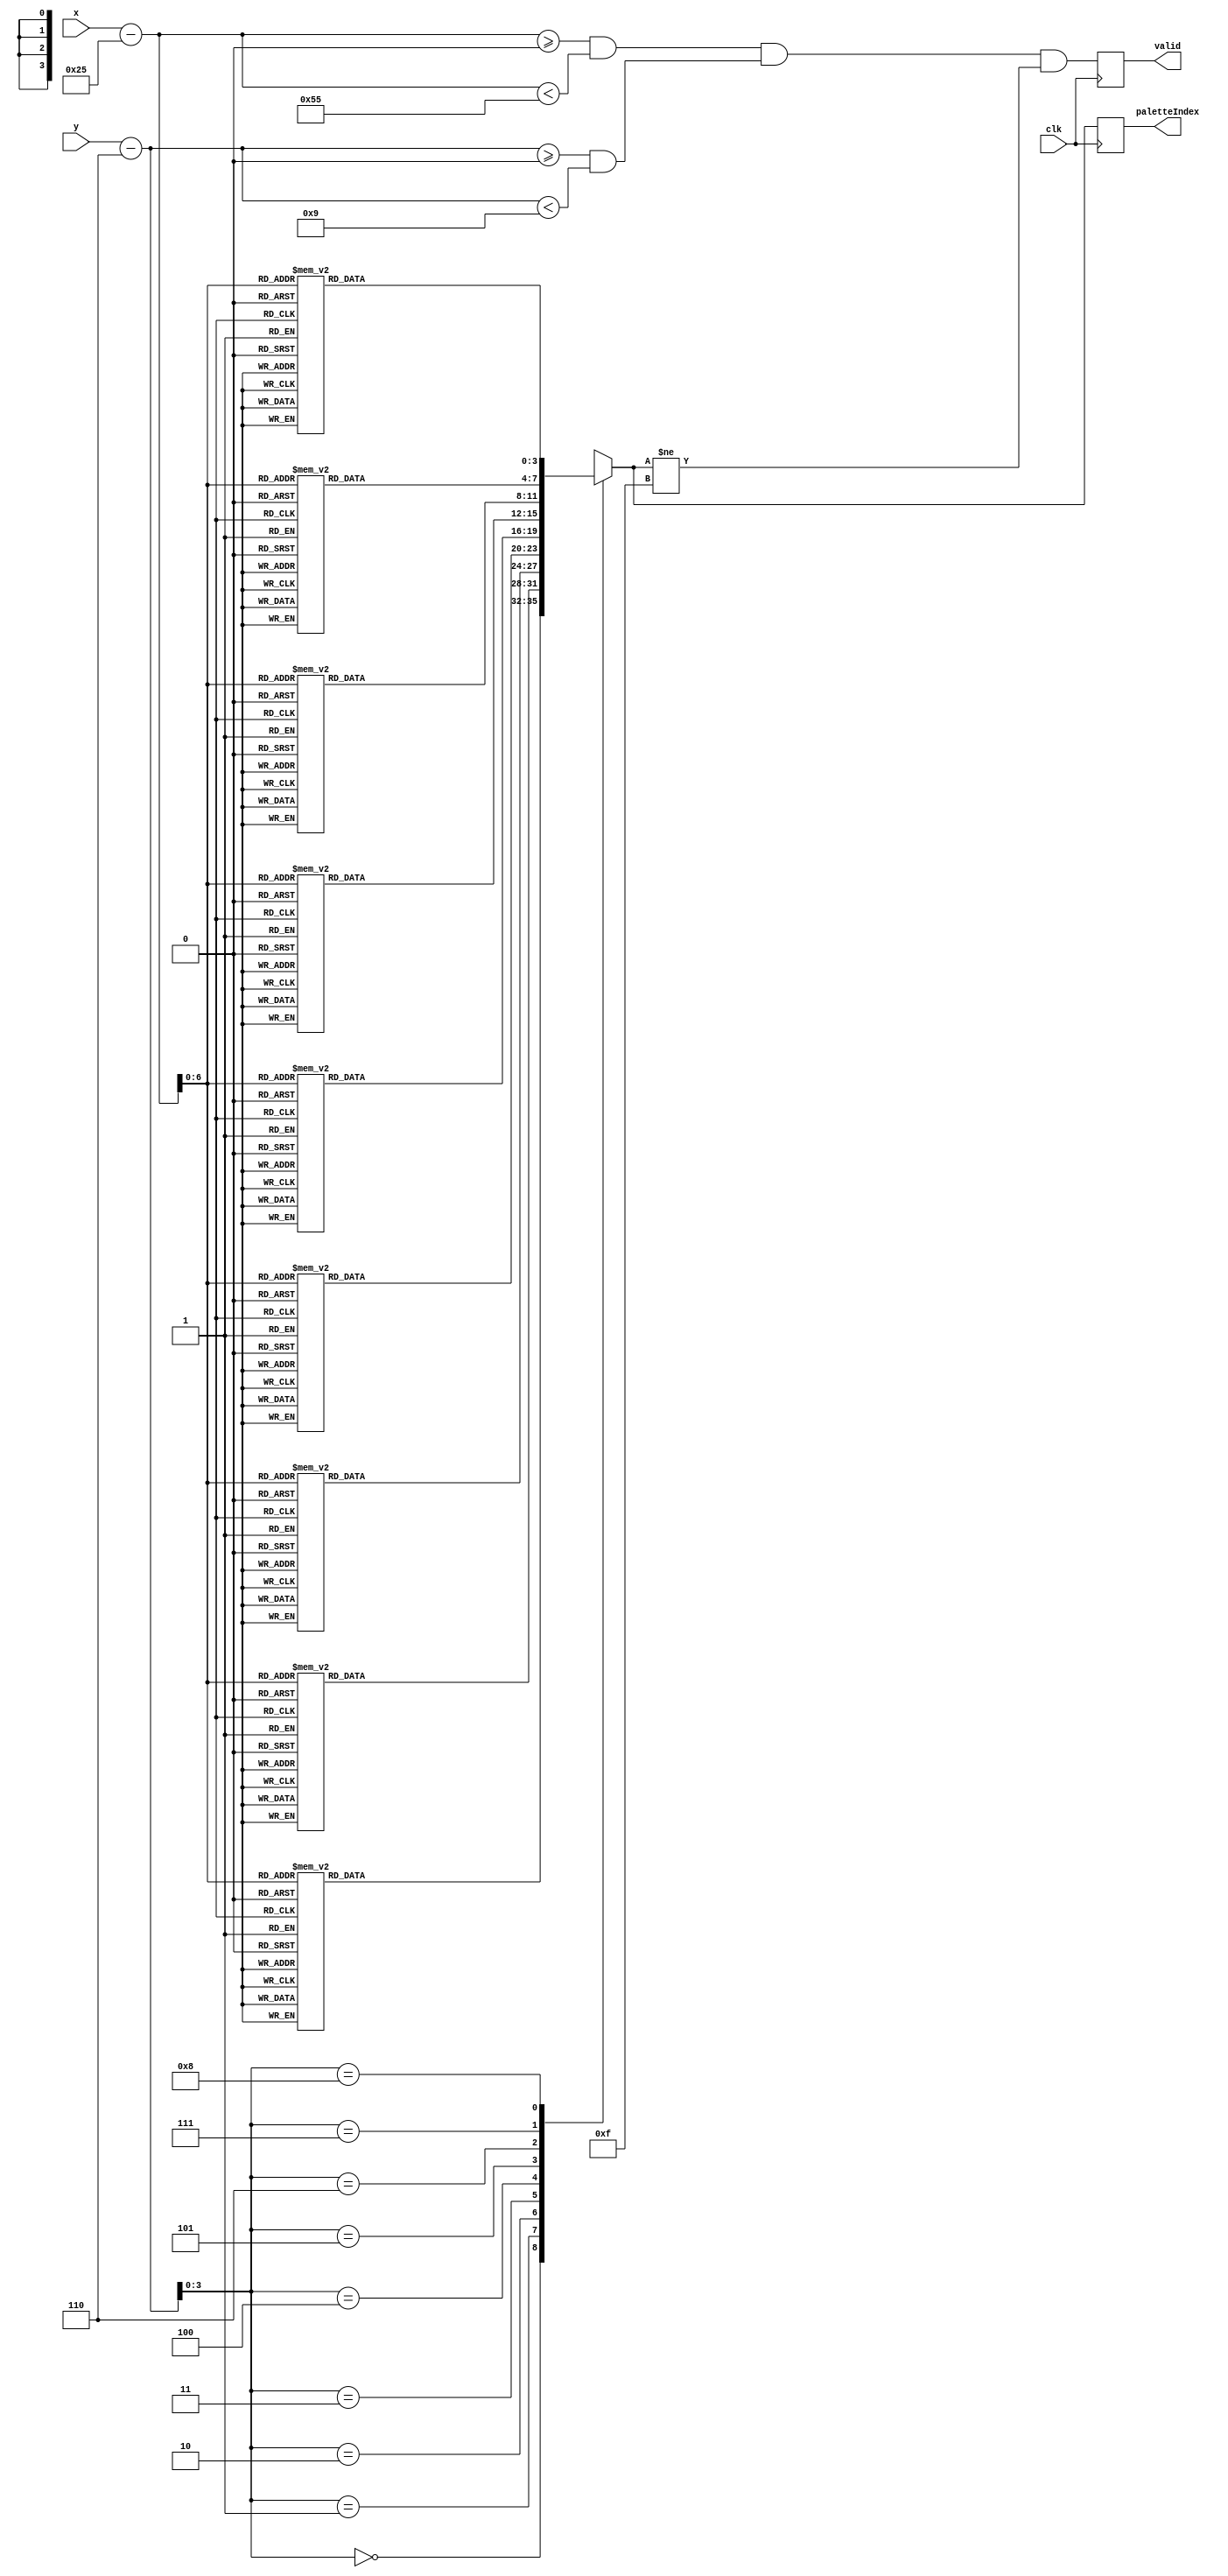
`timescale 1ns / 1ps
//////////////////////////////////////////////////////////////////////////
// generated with james's gen_sprite.py with arguments:
//     module_name: yellow_wins
//
//     image_file: sprites/yellow_wins.png
//     palette_file: palette.txt
//     canvas_width: 160
//     canvas_height: 120
//     x_offset: 37
//     y_offset: 6
//     x_tile: 1
//     y_tile: 1
//
//     inferred x bit length: 10
//     inferred y bit length: 10
//     inferred palette bit length: 4
//////////////////////////////////////////////////////////////////////////

module yellow_wins(clk, x, y, paletteIndex, valid);
    input wire clk;
    input wire[9:0] x;
    input wire[9:0] y;
    output reg[3:0] paletteIndex;
    output reg valid;

    reg [9:0] xOffset;
    reg [9:0] yOffset;
    reg [6:0] xSprite;
    reg [3:0] ySprite;
    reg inBounds;

    always @(posedge clk) begin
        xOffset = (x-37);
        yOffset = (y-6);
        xSprite = xOffset[6:0];
        ySprite = yOffset[3:0];
        inBounds = (xOffset >= 0 && xOffset < 85) && (yOffset >= 0 && yOffset < 9);

        case(ySprite)
            
            4'd0: begin
               case(xSprite)
                    
                    7'd0: begin
                        paletteIndex = 4'd9;
                    end
                    
                    7'd1: begin
                        paletteIndex = 4'd9;
                    end
                    
                    7'd2: begin
                        paletteIndex = 4'd9;
                    end
                    
                    7'd3: begin
                        paletteIndex = 4'd9;
                    end
                    
                    7'd4: begin
                        paletteIndex = 4'd9;
                    end
                    
                    7'd5: begin
                        paletteIndex = 4'd9;
                    end
                    
                    7'd6: begin
                        paletteIndex = 4'd9;
                    end
                    
                    7'd7: begin
                        paletteIndex = 4'd9;
                    end
                    
                    7'd8: begin
                        paletteIndex = 4'd9;
                    end
                    
                    7'd9: begin
                        paletteIndex = 4'd9;
                    end
                    
                    7'd10: begin
                        paletteIndex = 4'd9;
                    end
                    
                    7'd11: begin
                        paletteIndex = 4'd9;
                    end
                    
                    7'd12: begin
                        paletteIndex = 4'd9;
                    end
                    
                    7'd13: begin
                        paletteIndex = 4'd9;
                    end
                    
                    7'd14: begin
                        paletteIndex = 4'd9;
                    end
                    
                    7'd15: begin
                        paletteIndex = 4'd9;
                    end
                    
                    7'd16: begin
                        paletteIndex = 4'd9;
                    end
                    
                    7'd17: begin
                        paletteIndex = 4'd9;
                    end
                    
                    7'd18: begin
                        paletteIndex = 4'd15;
                    end
                    
                    7'd19: begin
                        paletteIndex = 4'd15;
                    end
                    
                    7'd20: begin
                        paletteIndex = 4'd9;
                    end
                    
                    7'd21: begin
                        paletteIndex = 4'd9;
                    end
                    
                    7'd22: begin
                        paletteIndex = 4'd9;
                    end
                    
                    7'd23: begin
                        paletteIndex = 4'd9;
                    end
                    
                    7'd24: begin
                        paletteIndex = 4'd15;
                    end
                    
                    7'd25: begin
                        paletteIndex = 4'd15;
                    end
                    
                    7'd26: begin
                        paletteIndex = 4'd15;
                    end
                    
                    7'd27: begin
                        paletteIndex = 4'd9;
                    end
                    
                    7'd28: begin
                        paletteIndex = 4'd9;
                    end
                    
                    7'd29: begin
                        paletteIndex = 4'd9;
                    end
                    
                    7'd30: begin
                        paletteIndex = 4'd9;
                    end
                    
                    7'd31: begin
                        paletteIndex = 4'd9;
                    end
                    
                    7'd32: begin
                        paletteIndex = 4'd9;
                    end
                    
                    7'd33: begin
                        paletteIndex = 4'd9;
                    end
                    
                    7'd34: begin
                        paletteIndex = 4'd9;
                    end
                    
                    7'd35: begin
                        paletteIndex = 4'd9;
                    end
                    
                    7'd36: begin
                        paletteIndex = 4'd9;
                    end
                    
                    7'd37: begin
                        paletteIndex = 4'd15;
                    end
                    
                    7'd38: begin
                        paletteIndex = 4'd15;
                    end
                    
                    7'd39: begin
                        paletteIndex = 4'd9;
                    end
                    
                    7'd40: begin
                        paletteIndex = 4'd9;
                    end
                    
                    7'd41: begin
                        paletteIndex = 4'd9;
                    end
                    
                    7'd42: begin
                        paletteIndex = 4'd9;
                    end
                    
                    7'd43: begin
                        paletteIndex = 4'd15;
                    end
                    
                    7'd44: begin
                        paletteIndex = 4'd15;
                    end
                    
                    7'd45: begin
                        paletteIndex = 4'd15;
                    end
                    
                    7'd46: begin
                        paletteIndex = 4'd9;
                    end
                    
                    7'd47: begin
                        paletteIndex = 4'd9;
                    end
                    
                    7'd48: begin
                        paletteIndex = 4'd9;
                    end
                    
                    7'd49: begin
                        paletteIndex = 4'd9;
                    end
                    
                    7'd50: begin
                        paletteIndex = 4'd15;
                    end
                    
                    7'd51: begin
                        paletteIndex = 4'd15;
                    end
                    
                    7'd52: begin
                        paletteIndex = 4'd9;
                    end
                    
                    7'd53: begin
                        paletteIndex = 4'd9;
                    end
                    
                    7'd54: begin
                        paletteIndex = 4'd9;
                    end
                    
                    7'd55: begin
                        paletteIndex = 4'd9;
                    end
                    
                    7'd56: begin
                        paletteIndex = 4'd9;
                    end
                    
                    7'd57: begin
                        paletteIndex = 4'd9;
                    end
                    
                    7'd58: begin
                        paletteIndex = 4'd9;
                    end
                    
                    7'd59: begin
                        paletteIndex = 4'd9;
                    end
                    
                    7'd60: begin
                        paletteIndex = 4'd9;
                    end
                    
                    7'd61: begin
                        paletteIndex = 4'd9;
                    end
                    
                    7'd62: begin
                        paletteIndex = 4'd9;
                    end
                    
                    7'd63: begin
                        paletteIndex = 4'd9;
                    end
                    
                    7'd64: begin
                        paletteIndex = 4'd9;
                    end
                    
                    7'd65: begin
                        paletteIndex = 4'd9;
                    end
                    
                    7'd66: begin
                        paletteIndex = 4'd15;
                    end
                    
                    7'd67: begin
                        paletteIndex = 4'd9;
                    end
                    
                    7'd68: begin
                        paletteIndex = 4'd9;
                    end
                    
                    7'd69: begin
                        paletteIndex = 4'd9;
                    end
                    
                    7'd70: begin
                        paletteIndex = 4'd9;
                    end
                    
                    7'd71: begin
                        paletteIndex = 4'd9;
                    end
                    
                    7'd72: begin
                        paletteIndex = 4'd9;
                    end
                    
                    7'd73: begin
                        paletteIndex = 4'd9;
                    end
                    
                    7'd74: begin
                        paletteIndex = 4'd9;
                    end
                    
                    7'd75: begin
                        paletteIndex = 4'd9;
                    end
                    
                    7'd76: begin
                        paletteIndex = 4'd9;
                    end
                    
                    7'd77: begin
                        paletteIndex = 4'd9;
                    end
                    
                    7'd78: begin
                        paletteIndex = 4'd15;
                    end
                    
                    7'd79: begin
                        paletteIndex = 4'd15;
                    end
                    
                    7'd80: begin
                        paletteIndex = 4'd15;
                    end
                    
                    7'd81: begin
                        paletteIndex = 4'd9;
                    end
                    
                    7'd82: begin
                        paletteIndex = 4'd9;
                    end
                    
                    7'd83: begin
                        paletteIndex = 4'd9;
                    end
                    
                    7'd84: begin
                        paletteIndex = 4'd9;
                    end
                    

                    default: begin
                        paletteIndex = 4'bXXXX;
                    end
                endcase 
            end
            
            4'd1: begin
               case(xSprite)
                    
                    7'd0: begin
                        paletteIndex = 4'd9;
                    end
                    
                    7'd1: begin
                        paletteIndex = 4'd1;
                    end
                    
                    7'd2: begin
                        paletteIndex = 4'd1;
                    end
                    
                    7'd3: begin
                        paletteIndex = 4'd9;
                    end
                    
                    7'd4: begin
                        paletteIndex = 4'd9;
                    end
                    
                    7'd5: begin
                        paletteIndex = 4'd1;
                    end
                    
                    7'd6: begin
                        paletteIndex = 4'd1;
                    end
                    
                    7'd7: begin
                        paletteIndex = 4'd9;
                    end
                    
                    7'd8: begin
                        paletteIndex = 4'd1;
                    end
                    
                    7'd9: begin
                        paletteIndex = 4'd1;
                    end
                    
                    7'd10: begin
                        paletteIndex = 4'd1;
                    end
                    
                    7'd11: begin
                        paletteIndex = 4'd1;
                    end
                    
                    7'd12: begin
                        paletteIndex = 4'd1;
                    end
                    
                    7'd13: begin
                        paletteIndex = 4'd1;
                    end
                    
                    7'd14: begin
                        paletteIndex = 4'd9;
                    end
                    
                    7'd15: begin
                        paletteIndex = 4'd1;
                    end
                    
                    7'd16: begin
                        paletteIndex = 4'd1;
                    end
                    
                    7'd17: begin
                        paletteIndex = 4'd9;
                    end
                    
                    7'd18: begin
                        paletteIndex = 4'd15;
                    end
                    
                    7'd19: begin
                        paletteIndex = 4'd15;
                    end
                    
                    7'd20: begin
                        paletteIndex = 4'd9;
                    end
                    
                    7'd21: begin
                        paletteIndex = 4'd1;
                    end
                    
                    7'd22: begin
                        paletteIndex = 4'd1;
                    end
                    
                    7'd23: begin
                        paletteIndex = 4'd9;
                    end
                    
                    7'd24: begin
                        paletteIndex = 4'd15;
                    end
                    
                    7'd25: begin
                        paletteIndex = 4'd15;
                    end
                    
                    7'd26: begin
                        paletteIndex = 4'd9;
                    end
                    
                    7'd27: begin
                        paletteIndex = 4'd9;
                    end
                    
                    7'd28: begin
                        paletteIndex = 4'd1;
                    end
                    
                    7'd29: begin
                        paletteIndex = 4'd1;
                    end
                    
                    7'd30: begin
                        paletteIndex = 4'd1;
                    end
                    
                    7'd31: begin
                        paletteIndex = 4'd1;
                    end
                    
                    7'd32: begin
                        paletteIndex = 4'd9;
                    end
                    
                    7'd33: begin
                        paletteIndex = 4'd9;
                    end
                    
                    7'd34: begin
                        paletteIndex = 4'd1;
                    end
                    
                    7'd35: begin
                        paletteIndex = 4'd1;
                    end
                    
                    7'd36: begin
                        paletteIndex = 4'd9;
                    end
                    
                    7'd37: begin
                        paletteIndex = 4'd15;
                    end
                    
                    7'd38: begin
                        paletteIndex = 4'd15;
                    end
                    
                    7'd39: begin
                        paletteIndex = 4'd9;
                    end
                    
                    7'd40: begin
                        paletteIndex = 4'd1;
                    end
                    
                    7'd41: begin
                        paletteIndex = 4'd1;
                    end
                    
                    7'd42: begin
                        paletteIndex = 4'd9;
                    end
                    
                    7'd43: begin
                        paletteIndex = 4'd15;
                    end
                    
                    7'd44: begin
                        paletteIndex = 4'd15;
                    end
                    
                    7'd45: begin
                        paletteIndex = 4'd15;
                    end
                    
                    7'd46: begin
                        paletteIndex = 4'd9;
                    end
                    
                    7'd47: begin
                        paletteIndex = 4'd1;
                    end
                    
                    7'd48: begin
                        paletteIndex = 4'd1;
                    end
                    
                    7'd49: begin
                        paletteIndex = 4'd9;
                    end
                    
                    7'd50: begin
                        paletteIndex = 4'd15;
                    end
                    
                    7'd51: begin
                        paletteIndex = 4'd15;
                    end
                    
                    7'd52: begin
                        paletteIndex = 4'd9;
                    end
                    
                    7'd53: begin
                        paletteIndex = 4'd1;
                    end
                    
                    7'd54: begin
                        paletteIndex = 4'd1;
                    end
                    
                    7'd55: begin
                        paletteIndex = 4'd9;
                    end
                    
                    7'd56: begin
                        paletteIndex = 4'd1;
                    end
                    
                    7'd57: begin
                        paletteIndex = 4'd1;
                    end
                    
                    7'd58: begin
                        paletteIndex = 4'd1;
                    end
                    
                    7'd59: begin
                        paletteIndex = 4'd1;
                    end
                    
                    7'd60: begin
                        paletteIndex = 4'd1;
                    end
                    
                    7'd61: begin
                        paletteIndex = 4'd1;
                    end
                    
                    7'd62: begin
                        paletteIndex = 4'd9;
                    end
                    
                    7'd63: begin
                        paletteIndex = 4'd1;
                    end
                    
                    7'd64: begin
                        paletteIndex = 4'd1;
                    end
                    
                    7'd65: begin
                        paletteIndex = 4'd9;
                    end
                    
                    7'd66: begin
                        paletteIndex = 4'd9;
                    end
                    
                    7'd67: begin
                        paletteIndex = 4'd9;
                    end
                    
                    7'd68: begin
                        paletteIndex = 4'd1;
                    end
                    
                    7'd69: begin
                        paletteIndex = 4'd1;
                    end
                    
                    7'd70: begin
                        paletteIndex = 4'd9;
                    end
                    
                    7'd71: begin
                        paletteIndex = 4'd9;
                    end
                    
                    7'd72: begin
                        paletteIndex = 4'd1;
                    end
                    
                    7'd73: begin
                        paletteIndex = 4'd1;
                    end
                    
                    7'd74: begin
                        paletteIndex = 4'd1;
                    end
                    
                    7'd75: begin
                        paletteIndex = 4'd1;
                    end
                    
                    7'd76: begin
                        paletteIndex = 4'd1;
                    end
                    
                    7'd77: begin
                        paletteIndex = 4'd9;
                    end
                    
                    7'd78: begin
                        paletteIndex = 4'd15;
                    end
                    
                    7'd79: begin
                        paletteIndex = 4'd15;
                    end
                    
                    7'd80: begin
                        paletteIndex = 4'd15;
                    end
                    
                    7'd81: begin
                        paletteIndex = 4'd9;
                    end
                    
                    7'd82: begin
                        paletteIndex = 4'd1;
                    end
                    
                    7'd83: begin
                        paletteIndex = 4'd1;
                    end
                    
                    7'd84: begin
                        paletteIndex = 4'd9;
                    end
                    

                    default: begin
                        paletteIndex = 4'bXXXX;
                    end
                endcase 
            end
            
            4'd2: begin
               case(xSprite)
                    
                    7'd0: begin
                        paletteIndex = 4'd9;
                    end
                    
                    7'd1: begin
                        paletteIndex = 4'd1;
                    end
                    
                    7'd2: begin
                        paletteIndex = 4'd1;
                    end
                    
                    7'd3: begin
                        paletteIndex = 4'd9;
                    end
                    
                    7'd4: begin
                        paletteIndex = 4'd9;
                    end
                    
                    7'd5: begin
                        paletteIndex = 4'd1;
                    end
                    
                    7'd6: begin
                        paletteIndex = 4'd1;
                    end
                    
                    7'd7: begin
                        paletteIndex = 4'd9;
                    end
                    
                    7'd8: begin
                        paletteIndex = 4'd1;
                    end
                    
                    7'd9: begin
                        paletteIndex = 4'd1;
                    end
                    
                    7'd10: begin
                        paletteIndex = 4'd9;
                    end
                    
                    7'd11: begin
                        paletteIndex = 4'd9;
                    end
                    
                    7'd12: begin
                        paletteIndex = 4'd9;
                    end
                    
                    7'd13: begin
                        paletteIndex = 4'd9;
                    end
                    
                    7'd14: begin
                        paletteIndex = 4'd9;
                    end
                    
                    7'd15: begin
                        paletteIndex = 4'd1;
                    end
                    
                    7'd16: begin
                        paletteIndex = 4'd1;
                    end
                    
                    7'd17: begin
                        paletteIndex = 4'd9;
                    end
                    
                    7'd18: begin
                        paletteIndex = 4'd15;
                    end
                    
                    7'd19: begin
                        paletteIndex = 4'd15;
                    end
                    
                    7'd20: begin
                        paletteIndex = 4'd9;
                    end
                    
                    7'd21: begin
                        paletteIndex = 4'd1;
                    end
                    
                    7'd22: begin
                        paletteIndex = 4'd1;
                    end
                    
                    7'd23: begin
                        paletteIndex = 4'd9;
                    end
                    
                    7'd24: begin
                        paletteIndex = 4'd15;
                    end
                    
                    7'd25: begin
                        paletteIndex = 4'd15;
                    end
                    
                    7'd26: begin
                        paletteIndex = 4'd9;
                    end
                    
                    7'd27: begin
                        paletteIndex = 4'd1;
                    end
                    
                    7'd28: begin
                        paletteIndex = 4'd1;
                    end
                    
                    7'd29: begin
                        paletteIndex = 4'd9;
                    end
                    
                    7'd30: begin
                        paletteIndex = 4'd9;
                    end
                    
                    7'd31: begin
                        paletteIndex = 4'd1;
                    end
                    
                    7'd32: begin
                        paletteIndex = 4'd1;
                    end
                    
                    7'd33: begin
                        paletteIndex = 4'd9;
                    end
                    
                    7'd34: begin
                        paletteIndex = 4'd1;
                    end
                    
                    7'd35: begin
                        paletteIndex = 4'd1;
                    end
                    
                    7'd36: begin
                        paletteIndex = 4'd9;
                    end
                    
                    7'd37: begin
                        paletteIndex = 4'd15;
                    end
                    
                    7'd38: begin
                        paletteIndex = 4'd15;
                    end
                    
                    7'd39: begin
                        paletteIndex = 4'd9;
                    end
                    
                    7'd40: begin
                        paletteIndex = 4'd1;
                    end
                    
                    7'd41: begin
                        paletteIndex = 4'd1;
                    end
                    
                    7'd42: begin
                        paletteIndex = 4'd9;
                    end
                    
                    7'd43: begin
                        paletteIndex = 4'd15;
                    end
                    
                    7'd44: begin
                        paletteIndex = 4'd15;
                    end
                    
                    7'd45: begin
                        paletteIndex = 4'd15;
                    end
                    
                    7'd46: begin
                        paletteIndex = 4'd9;
                    end
                    
                    7'd47: begin
                        paletteIndex = 4'd1;
                    end
                    
                    7'd48: begin
                        paletteIndex = 4'd1;
                    end
                    
                    7'd49: begin
                        paletteIndex = 4'd9;
                    end
                    
                    7'd50: begin
                        paletteIndex = 4'd15;
                    end
                    
                    7'd51: begin
                        paletteIndex = 4'd15;
                    end
                    
                    7'd52: begin
                        paletteIndex = 4'd9;
                    end
                    
                    7'd53: begin
                        paletteIndex = 4'd1;
                    end
                    
                    7'd54: begin
                        paletteIndex = 4'd1;
                    end
                    
                    7'd55: begin
                        paletteIndex = 4'd9;
                    end
                    
                    7'd56: begin
                        paletteIndex = 4'd9;
                    end
                    
                    7'd57: begin
                        paletteIndex = 4'd9;
                    end
                    
                    7'd58: begin
                        paletteIndex = 4'd1;
                    end
                    
                    7'd59: begin
                        paletteIndex = 4'd1;
                    end
                    
                    7'd60: begin
                        paletteIndex = 4'd9;
                    end
                    
                    7'd61: begin
                        paletteIndex = 4'd9;
                    end
                    
                    7'd62: begin
                        paletteIndex = 4'd9;
                    end
                    
                    7'd63: begin
                        paletteIndex = 4'd1;
                    end
                    
                    7'd64: begin
                        paletteIndex = 4'd1;
                    end
                    
                    7'd65: begin
                        paletteIndex = 4'd1;
                    end
                    
                    7'd66: begin
                        paletteIndex = 4'd9;
                    end
                    
                    7'd67: begin
                        paletteIndex = 4'd9;
                    end
                    
                    7'd68: begin
                        paletteIndex = 4'd1;
                    end
                    
                    7'd69: begin
                        paletteIndex = 4'd1;
                    end
                    
                    7'd70: begin
                        paletteIndex = 4'd9;
                    end
                    
                    7'd71: begin
                        paletteIndex = 4'd1;
                    end
                    
                    7'd72: begin
                        paletteIndex = 4'd1;
                    end
                    
                    7'd73: begin
                        paletteIndex = 4'd9;
                    end
                    
                    7'd74: begin
                        paletteIndex = 4'd9;
                    end
                    
                    7'd75: begin
                        paletteIndex = 4'd9;
                    end
                    
                    7'd76: begin
                        paletteIndex = 4'd9;
                    end
                    
                    7'd77: begin
                        paletteIndex = 4'd9;
                    end
                    
                    7'd78: begin
                        paletteIndex = 4'd15;
                    end
                    
                    7'd79: begin
                        paletteIndex = 4'd15;
                    end
                    
                    7'd80: begin
                        paletteIndex = 4'd15;
                    end
                    
                    7'd81: begin
                        paletteIndex = 4'd9;
                    end
                    
                    7'd82: begin
                        paletteIndex = 4'd1;
                    end
                    
                    7'd83: begin
                        paletteIndex = 4'd1;
                    end
                    
                    7'd84: begin
                        paletteIndex = 4'd9;
                    end
                    

                    default: begin
                        paletteIndex = 4'bXXXX;
                    end
                endcase 
            end
            
            4'd3: begin
               case(xSprite)
                    
                    7'd0: begin
                        paletteIndex = 4'd9;
                    end
                    
                    7'd1: begin
                        paletteIndex = 4'd1;
                    end
                    
                    7'd2: begin
                        paletteIndex = 4'd1;
                    end
                    
                    7'd3: begin
                        paletteIndex = 4'd9;
                    end
                    
                    7'd4: begin
                        paletteIndex = 4'd9;
                    end
                    
                    7'd5: begin
                        paletteIndex = 4'd1;
                    end
                    
                    7'd6: begin
                        paletteIndex = 4'd1;
                    end
                    
                    7'd7: begin
                        paletteIndex = 4'd9;
                    end
                    
                    7'd8: begin
                        paletteIndex = 4'd1;
                    end
                    
                    7'd9: begin
                        paletteIndex = 4'd1;
                    end
                    
                    7'd10: begin
                        paletteIndex = 4'd9;
                    end
                    
                    7'd11: begin
                        paletteIndex = 4'd9;
                    end
                    
                    7'd12: begin
                        paletteIndex = 4'd9;
                    end
                    
                    7'd13: begin
                        paletteIndex = 4'd9;
                    end
                    
                    7'd14: begin
                        paletteIndex = 4'd9;
                    end
                    
                    7'd15: begin
                        paletteIndex = 4'd1;
                    end
                    
                    7'd16: begin
                        paletteIndex = 4'd1;
                    end
                    
                    7'd17: begin
                        paletteIndex = 4'd9;
                    end
                    
                    7'd18: begin
                        paletteIndex = 4'd15;
                    end
                    
                    7'd19: begin
                        paletteIndex = 4'd15;
                    end
                    
                    7'd20: begin
                        paletteIndex = 4'd9;
                    end
                    
                    7'd21: begin
                        paletteIndex = 4'd1;
                    end
                    
                    7'd22: begin
                        paletteIndex = 4'd1;
                    end
                    
                    7'd23: begin
                        paletteIndex = 4'd9;
                    end
                    
                    7'd24: begin
                        paletteIndex = 4'd15;
                    end
                    
                    7'd25: begin
                        paletteIndex = 4'd15;
                    end
                    
                    7'd26: begin
                        paletteIndex = 4'd9;
                    end
                    
                    7'd27: begin
                        paletteIndex = 4'd1;
                    end
                    
                    7'd28: begin
                        paletteIndex = 4'd1;
                    end
                    
                    7'd29: begin
                        paletteIndex = 4'd9;
                    end
                    
                    7'd30: begin
                        paletteIndex = 4'd9;
                    end
                    
                    7'd31: begin
                        paletteIndex = 4'd1;
                    end
                    
                    7'd32: begin
                        paletteIndex = 4'd1;
                    end
                    
                    7'd33: begin
                        paletteIndex = 4'd9;
                    end
                    
                    7'd34: begin
                        paletteIndex = 4'd1;
                    end
                    
                    7'd35: begin
                        paletteIndex = 4'd1;
                    end
                    
                    7'd36: begin
                        paletteIndex = 4'd9;
                    end
                    
                    7'd37: begin
                        paletteIndex = 4'd9;
                    end
                    
                    7'd38: begin
                        paletteIndex = 4'd9;
                    end
                    
                    7'd39: begin
                        paletteIndex = 4'd9;
                    end
                    
                    7'd40: begin
                        paletteIndex = 4'd1;
                    end
                    
                    7'd41: begin
                        paletteIndex = 4'd1;
                    end
                    
                    7'd42: begin
                        paletteIndex = 4'd9;
                    end
                    
                    7'd43: begin
                        paletteIndex = 4'd15;
                    end
                    
                    7'd44: begin
                        paletteIndex = 4'd15;
                    end
                    
                    7'd45: begin
                        paletteIndex = 4'd15;
                    end
                    
                    7'd46: begin
                        paletteIndex = 4'd9;
                    end
                    
                    7'd47: begin
                        paletteIndex = 4'd1;
                    end
                    
                    7'd48: begin
                        paletteIndex = 4'd1;
                    end
                    
                    7'd49: begin
                        paletteIndex = 4'd9;
                    end
                    
                    7'd50: begin
                        paletteIndex = 4'd9;
                    end
                    
                    7'd51: begin
                        paletteIndex = 4'd9;
                    end
                    
                    7'd52: begin
                        paletteIndex = 4'd9;
                    end
                    
                    7'd53: begin
                        paletteIndex = 4'd1;
                    end
                    
                    7'd54: begin
                        paletteIndex = 4'd1;
                    end
                    
                    7'd55: begin
                        paletteIndex = 4'd9;
                    end
                    
                    7'd56: begin
                        paletteIndex = 4'd9;
                    end
                    
                    7'd57: begin
                        paletteIndex = 4'd9;
                    end
                    
                    7'd58: begin
                        paletteIndex = 4'd1;
                    end
                    
                    7'd59: begin
                        paletteIndex = 4'd1;
                    end
                    
                    7'd60: begin
                        paletteIndex = 4'd9;
                    end
                    
                    7'd61: begin
                        paletteIndex = 4'd9;
                    end
                    
                    7'd62: begin
                        paletteIndex = 4'd9;
                    end
                    
                    7'd63: begin
                        paletteIndex = 4'd1;
                    end
                    
                    7'd64: begin
                        paletteIndex = 4'd1;
                    end
                    
                    7'd65: begin
                        paletteIndex = 4'd9;
                    end
                    
                    7'd66: begin
                        paletteIndex = 4'd1;
                    end
                    
                    7'd67: begin
                        paletteIndex = 4'd9;
                    end
                    
                    7'd68: begin
                        paletteIndex = 4'd1;
                    end
                    
                    7'd69: begin
                        paletteIndex = 4'd1;
                    end
                    
                    7'd70: begin
                        paletteIndex = 4'd9;
                    end
                    
                    7'd71: begin
                        paletteIndex = 4'd1;
                    end
                    
                    7'd72: begin
                        paletteIndex = 4'd1;
                    end
                    
                    7'd73: begin
                        paletteIndex = 4'd9;
                    end
                    
                    7'd74: begin
                        paletteIndex = 4'd9;
                    end
                    
                    7'd75: begin
                        paletteIndex = 4'd9;
                    end
                    
                    7'd76: begin
                        paletteIndex = 4'd9;
                    end
                    
                    7'd77: begin
                        paletteIndex = 4'd15;
                    end
                    
                    7'd78: begin
                        paletteIndex = 4'd15;
                    end
                    
                    7'd79: begin
                        paletteIndex = 4'd15;
                    end
                    
                    7'd80: begin
                        paletteIndex = 4'd15;
                    end
                    
                    7'd81: begin
                        paletteIndex = 4'd9;
                    end
                    
                    7'd82: begin
                        paletteIndex = 4'd1;
                    end
                    
                    7'd83: begin
                        paletteIndex = 4'd1;
                    end
                    
                    7'd84: begin
                        paletteIndex = 4'd9;
                    end
                    

                    default: begin
                        paletteIndex = 4'bXXXX;
                    end
                endcase 
            end
            
            4'd4: begin
               case(xSprite)
                    
                    7'd0: begin
                        paletteIndex = 4'd9;
                    end
                    
                    7'd1: begin
                        paletteIndex = 4'd9;
                    end
                    
                    7'd2: begin
                        paletteIndex = 4'd1;
                    end
                    
                    7'd3: begin
                        paletteIndex = 4'd1;
                    end
                    
                    7'd4: begin
                        paletteIndex = 4'd1;
                    end
                    
                    7'd5: begin
                        paletteIndex = 4'd1;
                    end
                    
                    7'd6: begin
                        paletteIndex = 4'd9;
                    end
                    
                    7'd7: begin
                        paletteIndex = 4'd9;
                    end
                    
                    7'd8: begin
                        paletteIndex = 4'd1;
                    end
                    
                    7'd9: begin
                        paletteIndex = 4'd1;
                    end
                    
                    7'd10: begin
                        paletteIndex = 4'd1;
                    end
                    
                    7'd11: begin
                        paletteIndex = 4'd1;
                    end
                    
                    7'd12: begin
                        paletteIndex = 4'd1;
                    end
                    
                    7'd13: begin
                        paletteIndex = 4'd9;
                    end
                    
                    7'd14: begin
                        paletteIndex = 4'd9;
                    end
                    
                    7'd15: begin
                        paletteIndex = 4'd1;
                    end
                    
                    7'd16: begin
                        paletteIndex = 4'd1;
                    end
                    
                    7'd17: begin
                        paletteIndex = 4'd9;
                    end
                    
                    7'd18: begin
                        paletteIndex = 4'd15;
                    end
                    
                    7'd19: begin
                        paletteIndex = 4'd15;
                    end
                    
                    7'd20: begin
                        paletteIndex = 4'd9;
                    end
                    
                    7'd21: begin
                        paletteIndex = 4'd1;
                    end
                    
                    7'd22: begin
                        paletteIndex = 4'd1;
                    end
                    
                    7'd23: begin
                        paletteIndex = 4'd9;
                    end
                    
                    7'd24: begin
                        paletteIndex = 4'd15;
                    end
                    
                    7'd25: begin
                        paletteIndex = 4'd15;
                    end
                    
                    7'd26: begin
                        paletteIndex = 4'd9;
                    end
                    
                    7'd27: begin
                        paletteIndex = 4'd1;
                    end
                    
                    7'd28: begin
                        paletteIndex = 4'd1;
                    end
                    
                    7'd29: begin
                        paletteIndex = 4'd9;
                    end
                    
                    7'd30: begin
                        paletteIndex = 4'd9;
                    end
                    
                    7'd31: begin
                        paletteIndex = 4'd1;
                    end
                    
                    7'd32: begin
                        paletteIndex = 4'd1;
                    end
                    
                    7'd33: begin
                        paletteIndex = 4'd9;
                    end
                    
                    7'd34: begin
                        paletteIndex = 4'd1;
                    end
                    
                    7'd35: begin
                        paletteIndex = 4'd1;
                    end
                    
                    7'd36: begin
                        paletteIndex = 4'd9;
                    end
                    
                    7'd37: begin
                        paletteIndex = 4'd1;
                    end
                    
                    7'd38: begin
                        paletteIndex = 4'd1;
                    end
                    
                    7'd39: begin
                        paletteIndex = 4'd9;
                    end
                    
                    7'd40: begin
                        paletteIndex = 4'd1;
                    end
                    
                    7'd41: begin
                        paletteIndex = 4'd1;
                    end
                    
                    7'd42: begin
                        paletteIndex = 4'd9;
                    end
                    
                    7'd43: begin
                        paletteIndex = 4'd15;
                    end
                    
                    7'd44: begin
                        paletteIndex = 4'd15;
                    end
                    
                    7'd45: begin
                        paletteIndex = 4'd15;
                    end
                    
                    7'd46: begin
                        paletteIndex = 4'd9;
                    end
                    
                    7'd47: begin
                        paletteIndex = 4'd1;
                    end
                    
                    7'd48: begin
                        paletteIndex = 4'd1;
                    end
                    
                    7'd49: begin
                        paletteIndex = 4'd9;
                    end
                    
                    7'd50: begin
                        paletteIndex = 4'd1;
                    end
                    
                    7'd51: begin
                        paletteIndex = 4'd1;
                    end
                    
                    7'd52: begin
                        paletteIndex = 4'd9;
                    end
                    
                    7'd53: begin
                        paletteIndex = 4'd1;
                    end
                    
                    7'd54: begin
                        paletteIndex = 4'd1;
                    end
                    
                    7'd55: begin
                        paletteIndex = 4'd9;
                    end
                    
                    7'd56: begin
                        paletteIndex = 4'd9;
                    end
                    
                    7'd57: begin
                        paletteIndex = 4'd9;
                    end
                    
                    7'd58: begin
                        paletteIndex = 4'd1;
                    end
                    
                    7'd59: begin
                        paletteIndex = 4'd1;
                    end
                    
                    7'd60: begin
                        paletteIndex = 4'd9;
                    end
                    
                    7'd61: begin
                        paletteIndex = 4'd9;
                    end
                    
                    7'd62: begin
                        paletteIndex = 4'd9;
                    end
                    
                    7'd63: begin
                        paletteIndex = 4'd1;
                    end
                    
                    7'd64: begin
                        paletteIndex = 4'd1;
                    end
                    
                    7'd65: begin
                        paletteIndex = 4'd9;
                    end
                    
                    7'd66: begin
                        paletteIndex = 4'd1;
                    end
                    
                    7'd67: begin
                        paletteIndex = 4'd9;
                    end
                    
                    7'd68: begin
                        paletteIndex = 4'd1;
                    end
                    
                    7'd69: begin
                        paletteIndex = 4'd1;
                    end
                    
                    7'd70: begin
                        paletteIndex = 4'd9;
                    end
                    
                    7'd71: begin
                        paletteIndex = 4'd9;
                    end
                    
                    7'd72: begin
                        paletteIndex = 4'd1;
                    end
                    
                    7'd73: begin
                        paletteIndex = 4'd1;
                    end
                    
                    7'd74: begin
                        paletteIndex = 4'd1;
                    end
                    
                    7'd75: begin
                        paletteIndex = 4'd1;
                    end
                    
                    7'd76: begin
                        paletteIndex = 4'd9;
                    end
                    
                    7'd77: begin
                        paletteIndex = 4'd9;
                    end
                    
                    7'd78: begin
                        paletteIndex = 4'd15;
                    end
                    
                    7'd79: begin
                        paletteIndex = 4'd15;
                    end
                    
                    7'd80: begin
                        paletteIndex = 4'd15;
                    end
                    
                    7'd81: begin
                        paletteIndex = 4'd9;
                    end
                    
                    7'd82: begin
                        paletteIndex = 4'd1;
                    end
                    
                    7'd83: begin
                        paletteIndex = 4'd1;
                    end
                    
                    7'd84: begin
                        paletteIndex = 4'd9;
                    end
                    

                    default: begin
                        paletteIndex = 4'bXXXX;
                    end
                endcase 
            end
            
            4'd5: begin
               case(xSprite)
                    
                    7'd0: begin
                        paletteIndex = 4'd15;
                    end
                    
                    7'd1: begin
                        paletteIndex = 4'd9;
                    end
                    
                    7'd2: begin
                        paletteIndex = 4'd9;
                    end
                    
                    7'd3: begin
                        paletteIndex = 4'd1;
                    end
                    
                    7'd4: begin
                        paletteIndex = 4'd1;
                    end
                    
                    7'd5: begin
                        paletteIndex = 4'd9;
                    end
                    
                    7'd6: begin
                        paletteIndex = 4'd9;
                    end
                    
                    7'd7: begin
                        paletteIndex = 4'd9;
                    end
                    
                    7'd8: begin
                        paletteIndex = 4'd1;
                    end
                    
                    7'd9: begin
                        paletteIndex = 4'd1;
                    end
                    
                    7'd10: begin
                        paletteIndex = 4'd9;
                    end
                    
                    7'd11: begin
                        paletteIndex = 4'd9;
                    end
                    
                    7'd12: begin
                        paletteIndex = 4'd9;
                    end
                    
                    7'd13: begin
                        paletteIndex = 4'd9;
                    end
                    
                    7'd14: begin
                        paletteIndex = 4'd9;
                    end
                    
                    7'd15: begin
                        paletteIndex = 4'd1;
                    end
                    
                    7'd16: begin
                        paletteIndex = 4'd1;
                    end
                    
                    7'd17: begin
                        paletteIndex = 4'd9;
                    end
                    
                    7'd18: begin
                        paletteIndex = 4'd15;
                    end
                    
                    7'd19: begin
                        paletteIndex = 4'd15;
                    end
                    
                    7'd20: begin
                        paletteIndex = 4'd9;
                    end
                    
                    7'd21: begin
                        paletteIndex = 4'd1;
                    end
                    
                    7'd22: begin
                        paletteIndex = 4'd1;
                    end
                    
                    7'd23: begin
                        paletteIndex = 4'd9;
                    end
                    
                    7'd24: begin
                        paletteIndex = 4'd15;
                    end
                    
                    7'd25: begin
                        paletteIndex = 4'd15;
                    end
                    
                    7'd26: begin
                        paletteIndex = 4'd9;
                    end
                    
                    7'd27: begin
                        paletteIndex = 4'd1;
                    end
                    
                    7'd28: begin
                        paletteIndex = 4'd1;
                    end
                    
                    7'd29: begin
                        paletteIndex = 4'd9;
                    end
                    
                    7'd30: begin
                        paletteIndex = 4'd9;
                    end
                    
                    7'd31: begin
                        paletteIndex = 4'd1;
                    end
                    
                    7'd32: begin
                        paletteIndex = 4'd1;
                    end
                    
                    7'd33: begin
                        paletteIndex = 4'd9;
                    end
                    
                    7'd34: begin
                        paletteIndex = 4'd1;
                    end
                    
                    7'd35: begin
                        paletteIndex = 4'd1;
                    end
                    
                    7'd36: begin
                        paletteIndex = 4'd9;
                    end
                    
                    7'd37: begin
                        paletteIndex = 4'd1;
                    end
                    
                    7'd38: begin
                        paletteIndex = 4'd1;
                    end
                    
                    7'd39: begin
                        paletteIndex = 4'd9;
                    end
                    
                    7'd40: begin
                        paletteIndex = 4'd1;
                    end
                    
                    7'd41: begin
                        paletteIndex = 4'd1;
                    end
                    
                    7'd42: begin
                        paletteIndex = 4'd9;
                    end
                    
                    7'd43: begin
                        paletteIndex = 4'd15;
                    end
                    
                    7'd44: begin
                        paletteIndex = 4'd15;
                    end
                    
                    7'd45: begin
                        paletteIndex = 4'd15;
                    end
                    
                    7'd46: begin
                        paletteIndex = 4'd9;
                    end
                    
                    7'd47: begin
                        paletteIndex = 4'd1;
                    end
                    
                    7'd48: begin
                        paletteIndex = 4'd1;
                    end
                    
                    7'd49: begin
                        paletteIndex = 4'd9;
                    end
                    
                    7'd50: begin
                        paletteIndex = 4'd1;
                    end
                    
                    7'd51: begin
                        paletteIndex = 4'd1;
                    end
                    
                    7'd52: begin
                        paletteIndex = 4'd9;
                    end
                    
                    7'd53: begin
                        paletteIndex = 4'd1;
                    end
                    
                    7'd54: begin
                        paletteIndex = 4'd1;
                    end
                    
                    7'd55: begin
                        paletteIndex = 4'd9;
                    end
                    
                    7'd56: begin
                        paletteIndex = 4'd9;
                    end
                    
                    7'd57: begin
                        paletteIndex = 4'd9;
                    end
                    
                    7'd58: begin
                        paletteIndex = 4'd1;
                    end
                    
                    7'd59: begin
                        paletteIndex = 4'd1;
                    end
                    
                    7'd60: begin
                        paletteIndex = 4'd9;
                    end
                    
                    7'd61: begin
                        paletteIndex = 4'd9;
                    end
                    
                    7'd62: begin
                        paletteIndex = 4'd9;
                    end
                    
                    7'd63: begin
                        paletteIndex = 4'd1;
                    end
                    
                    7'd64: begin
                        paletteIndex = 4'd1;
                    end
                    
                    7'd65: begin
                        paletteIndex = 4'd9;
                    end
                    
                    7'd66: begin
                        paletteIndex = 4'd1;
                    end
                    
                    7'd67: begin
                        paletteIndex = 4'd9;
                    end
                    
                    7'd68: begin
                        paletteIndex = 4'd1;
                    end
                    
                    7'd69: begin
                        paletteIndex = 4'd1;
                    end
                    
                    7'd70: begin
                        paletteIndex = 4'd9;
                    end
                    
                    7'd71: begin
                        paletteIndex = 4'd9;
                    end
                    
                    7'd72: begin
                        paletteIndex = 4'd9;
                    end
                    
                    7'd73: begin
                        paletteIndex = 4'd9;
                    end
                    
                    7'd74: begin
                        paletteIndex = 4'd9;
                    end
                    
                    7'd75: begin
                        paletteIndex = 4'd1;
                    end
                    
                    7'd76: begin
                        paletteIndex = 4'd1;
                    end
                    
                    7'd77: begin
                        paletteIndex = 4'd9;
                    end
                    
                    7'd78: begin
                        paletteIndex = 4'd15;
                    end
                    
                    7'd79: begin
                        paletteIndex = 4'd15;
                    end
                    
                    7'd80: begin
                        paletteIndex = 4'd15;
                    end
                    
                    7'd81: begin
                        paletteIndex = 4'd9;
                    end
                    
                    7'd82: begin
                        paletteIndex = 4'd9;
                    end
                    
                    7'd83: begin
                        paletteIndex = 4'd9;
                    end
                    
                    7'd84: begin
                        paletteIndex = 4'd9;
                    end
                    

                    default: begin
                        paletteIndex = 4'bXXXX;
                    end
                endcase 
            end
            
            4'd6: begin
               case(xSprite)
                    
                    7'd0: begin
                        paletteIndex = 4'd15;
                    end
                    
                    7'd1: begin
                        paletteIndex = 4'd15;
                    end
                    
                    7'd2: begin
                        paletteIndex = 4'd9;
                    end
                    
                    7'd3: begin
                        paletteIndex = 4'd1;
                    end
                    
                    7'd4: begin
                        paletteIndex = 4'd1;
                    end
                    
                    7'd5: begin
                        paletteIndex = 4'd9;
                    end
                    
                    7'd6: begin
                        paletteIndex = 4'd15;
                    end
                    
                    7'd7: begin
                        paletteIndex = 4'd9;
                    end
                    
                    7'd8: begin
                        paletteIndex = 4'd1;
                    end
                    
                    7'd9: begin
                        paletteIndex = 4'd1;
                    end
                    
                    7'd10: begin
                        paletteIndex = 4'd9;
                    end
                    
                    7'd11: begin
                        paletteIndex = 4'd9;
                    end
                    
                    7'd12: begin
                        paletteIndex = 4'd9;
                    end
                    
                    7'd13: begin
                        paletteIndex = 4'd9;
                    end
                    
                    7'd14: begin
                        paletteIndex = 4'd9;
                    end
                    
                    7'd15: begin
                        paletteIndex = 4'd1;
                    end
                    
                    7'd16: begin
                        paletteIndex = 4'd1;
                    end
                    
                    7'd17: begin
                        paletteIndex = 4'd9;
                    end
                    
                    7'd18: begin
                        paletteIndex = 4'd9;
                    end
                    
                    7'd19: begin
                        paletteIndex = 4'd9;
                    end
                    
                    7'd20: begin
                        paletteIndex = 4'd9;
                    end
                    
                    7'd21: begin
                        paletteIndex = 4'd1;
                    end
                    
                    7'd22: begin
                        paletteIndex = 4'd1;
                    end
                    
                    7'd23: begin
                        paletteIndex = 4'd9;
                    end
                    
                    7'd24: begin
                        paletteIndex = 4'd9;
                    end
                    
                    7'd25: begin
                        paletteIndex = 4'd9;
                    end
                    
                    7'd26: begin
                        paletteIndex = 4'd9;
                    end
                    
                    7'd27: begin
                        paletteIndex = 4'd1;
                    end
                    
                    7'd28: begin
                        paletteIndex = 4'd1;
                    end
                    
                    7'd29: begin
                        paletteIndex = 4'd9;
                    end
                    
                    7'd30: begin
                        paletteIndex = 4'd9;
                    end
                    
                    7'd31: begin
                        paletteIndex = 4'd1;
                    end
                    
                    7'd32: begin
                        paletteIndex = 4'd1;
                    end
                    
                    7'd33: begin
                        paletteIndex = 4'd9;
                    end
                    
                    7'd34: begin
                        paletteIndex = 4'd1;
                    end
                    
                    7'd35: begin
                        paletteIndex = 4'd1;
                    end
                    
                    7'd36: begin
                        paletteIndex = 4'd9;
                    end
                    
                    7'd37: begin
                        paletteIndex = 4'd1;
                    end
                    
                    7'd38: begin
                        paletteIndex = 4'd1;
                    end
                    
                    7'd39: begin
                        paletteIndex = 4'd9;
                    end
                    
                    7'd40: begin
                        paletteIndex = 4'd1;
                    end
                    
                    7'd41: begin
                        paletteIndex = 4'd1;
                    end
                    
                    7'd42: begin
                        paletteIndex = 4'd9;
                    end
                    
                    7'd43: begin
                        paletteIndex = 4'd15;
                    end
                    
                    7'd44: begin
                        paletteIndex = 4'd15;
                    end
                    
                    7'd45: begin
                        paletteIndex = 4'd15;
                    end
                    
                    7'd46: begin
                        paletteIndex = 4'd9;
                    end
                    
                    7'd47: begin
                        paletteIndex = 4'd1;
                    end
                    
                    7'd48: begin
                        paletteIndex = 4'd1;
                    end
                    
                    7'd49: begin
                        paletteIndex = 4'd9;
                    end
                    
                    7'd50: begin
                        paletteIndex = 4'd1;
                    end
                    
                    7'd51: begin
                        paletteIndex = 4'd1;
                    end
                    
                    7'd52: begin
                        paletteIndex = 4'd9;
                    end
                    
                    7'd53: begin
                        paletteIndex = 4'd1;
                    end
                    
                    7'd54: begin
                        paletteIndex = 4'd1;
                    end
                    
                    7'd55: begin
                        paletteIndex = 4'd9;
                    end
                    
                    7'd56: begin
                        paletteIndex = 4'd9;
                    end
                    
                    7'd57: begin
                        paletteIndex = 4'd9;
                    end
                    
                    7'd58: begin
                        paletteIndex = 4'd1;
                    end
                    
                    7'd59: begin
                        paletteIndex = 4'd1;
                    end
                    
                    7'd60: begin
                        paletteIndex = 4'd9;
                    end
                    
                    7'd61: begin
                        paletteIndex = 4'd9;
                    end
                    
                    7'd62: begin
                        paletteIndex = 4'd9;
                    end
                    
                    7'd63: begin
                        paletteIndex = 4'd1;
                    end
                    
                    7'd64: begin
                        paletteIndex = 4'd1;
                    end
                    
                    7'd65: begin
                        paletteIndex = 4'd9;
                    end
                    
                    7'd66: begin
                        paletteIndex = 4'd9;
                    end
                    
                    7'd67: begin
                        paletteIndex = 4'd1;
                    end
                    
                    7'd68: begin
                        paletteIndex = 4'd1;
                    end
                    
                    7'd69: begin
                        paletteIndex = 4'd1;
                    end
                    
                    7'd70: begin
                        paletteIndex = 4'd9;
                    end
                    
                    7'd71: begin
                        paletteIndex = 4'd9;
                    end
                    
                    7'd72: begin
                        paletteIndex = 4'd9;
                    end
                    
                    7'd73: begin
                        paletteIndex = 4'd9;
                    end
                    
                    7'd74: begin
                        paletteIndex = 4'd9;
                    end
                    
                    7'd75: begin
                        paletteIndex = 4'd1;
                    end
                    
                    7'd76: begin
                        paletteIndex = 4'd1;
                    end
                    
                    7'd77: begin
                        paletteIndex = 4'd9;
                    end
                    
                    7'd78: begin
                        paletteIndex = 4'd15;
                    end
                    
                    7'd79: begin
                        paletteIndex = 4'd15;
                    end
                    
                    7'd80: begin
                        paletteIndex = 4'd15;
                    end
                    
                    7'd81: begin
                        paletteIndex = 4'd9;
                    end
                    
                    7'd82: begin
                        paletteIndex = 4'd1;
                    end
                    
                    7'd83: begin
                        paletteIndex = 4'd1;
                    end
                    
                    7'd84: begin
                        paletteIndex = 4'd9;
                    end
                    

                    default: begin
                        paletteIndex = 4'bXXXX;
                    end
                endcase 
            end
            
            4'd7: begin
               case(xSprite)
                    
                    7'd0: begin
                        paletteIndex = 4'd15;
                    end
                    
                    7'd1: begin
                        paletteIndex = 4'd15;
                    end
                    
                    7'd2: begin
                        paletteIndex = 4'd9;
                    end
                    
                    7'd3: begin
                        paletteIndex = 4'd1;
                    end
                    
                    7'd4: begin
                        paletteIndex = 4'd1;
                    end
                    
                    7'd5: begin
                        paletteIndex = 4'd9;
                    end
                    
                    7'd6: begin
                        paletteIndex = 4'd15;
                    end
                    
                    7'd7: begin
                        paletteIndex = 4'd9;
                    end
                    
                    7'd8: begin
                        paletteIndex = 4'd1;
                    end
                    
                    7'd9: begin
                        paletteIndex = 4'd1;
                    end
                    
                    7'd10: begin
                        paletteIndex = 4'd1;
                    end
                    
                    7'd11: begin
                        paletteIndex = 4'd1;
                    end
                    
                    7'd12: begin
                        paletteIndex = 4'd1;
                    end
                    
                    7'd13: begin
                        paletteIndex = 4'd1;
                    end
                    
                    7'd14: begin
                        paletteIndex = 4'd9;
                    end
                    
                    7'd15: begin
                        paletteIndex = 4'd1;
                    end
                    
                    7'd16: begin
                        paletteIndex = 4'd1;
                    end
                    
                    7'd17: begin
                        paletteIndex = 4'd1;
                    end
                    
                    7'd18: begin
                        paletteIndex = 4'd1;
                    end
                    
                    7'd19: begin
                        paletteIndex = 4'd1;
                    end
                    
                    7'd20: begin
                        paletteIndex = 4'd9;
                    end
                    
                    7'd21: begin
                        paletteIndex = 4'd1;
                    end
                    
                    7'd22: begin
                        paletteIndex = 4'd1;
                    end
                    
                    7'd23: begin
                        paletteIndex = 4'd1;
                    end
                    
                    7'd24: begin
                        paletteIndex = 4'd1;
                    end
                    
                    7'd25: begin
                        paletteIndex = 4'd1;
                    end
                    
                    7'd26: begin
                        paletteIndex = 4'd9;
                    end
                    
                    7'd27: begin
                        paletteIndex = 4'd9;
                    end
                    
                    7'd28: begin
                        paletteIndex = 4'd1;
                    end
                    
                    7'd29: begin
                        paletteIndex = 4'd1;
                    end
                    
                    7'd30: begin
                        paletteIndex = 4'd1;
                    end
                    
                    7'd31: begin
                        paletteIndex = 4'd1;
                    end
                    
                    7'd32: begin
                        paletteIndex = 4'd9;
                    end
                    
                    7'd33: begin
                        paletteIndex = 4'd9;
                    end
                    
                    7'd34: begin
                        paletteIndex = 4'd9;
                    end
                    
                    7'd35: begin
                        paletteIndex = 4'd1;
                    end
                    
                    7'd36: begin
                        paletteIndex = 4'd1;
                    end
                    
                    7'd37: begin
                        paletteIndex = 4'd1;
                    end
                    
                    7'd38: begin
                        paletteIndex = 4'd1;
                    end
                    
                    7'd39: begin
                        paletteIndex = 4'd1;
                    end
                    
                    7'd40: begin
                        paletteIndex = 4'd1;
                    end
                    
                    7'd41: begin
                        paletteIndex = 4'd9;
                    end
                    
                    7'd42: begin
                        paletteIndex = 4'd9;
                    end
                    
                    7'd43: begin
                        paletteIndex = 4'd15;
                    end
                    
                    7'd44: begin
                        paletteIndex = 4'd15;
                    end
                    
                    7'd45: begin
                        paletteIndex = 4'd15;
                    end
                    
                    7'd46: begin
                        paletteIndex = 4'd9;
                    end
                    
                    7'd47: begin
                        paletteIndex = 4'd9;
                    end
                    
                    7'd48: begin
                        paletteIndex = 4'd1;
                    end
                    
                    7'd49: begin
                        paletteIndex = 4'd1;
                    end
                    
                    7'd50: begin
                        paletteIndex = 4'd1;
                    end
                    
                    7'd51: begin
                        paletteIndex = 4'd1;
                    end
                    
                    7'd52: begin
                        paletteIndex = 4'd1;
                    end
                    
                    7'd53: begin
                        paletteIndex = 4'd1;
                    end
                    
                    7'd54: begin
                        paletteIndex = 4'd9;
                    end
                    
                    7'd55: begin
                        paletteIndex = 4'd9;
                    end
                    
                    7'd56: begin
                        paletteIndex = 4'd1;
                    end
                    
                    7'd57: begin
                        paletteIndex = 4'd1;
                    end
                    
                    7'd58: begin
                        paletteIndex = 4'd1;
                    end
                    
                    7'd59: begin
                        paletteIndex = 4'd1;
                    end
                    
                    7'd60: begin
                        paletteIndex = 4'd1;
                    end
                    
                    7'd61: begin
                        paletteIndex = 4'd1;
                    end
                    
                    7'd62: begin
                        paletteIndex = 4'd9;
                    end
                    
                    7'd63: begin
                        paletteIndex = 4'd1;
                    end
                    
                    7'd64: begin
                        paletteIndex = 4'd1;
                    end
                    
                    7'd65: begin
                        paletteIndex = 4'd9;
                    end
                    
                    7'd66: begin
                        paletteIndex = 4'd9;
                    end
                    
                    7'd67: begin
                        paletteIndex = 4'd9;
                    end
                    
                    7'd68: begin
                        paletteIndex = 4'd1;
                    end
                    
                    7'd69: begin
                        paletteIndex = 4'd1;
                    end
                    
                    7'd70: begin
                        paletteIndex = 4'd9;
                    end
                    
                    7'd71: begin
                        paletteIndex = 4'd1;
                    end
                    
                    7'd72: begin
                        paletteIndex = 4'd1;
                    end
                    
                    7'd73: begin
                        paletteIndex = 4'd1;
                    end
                    
                    7'd74: begin
                        paletteIndex = 4'd1;
                    end
                    
                    7'd75: begin
                        paletteIndex = 4'd1;
                    end
                    
                    7'd76: begin
                        paletteIndex = 4'd9;
                    end
                    
                    7'd77: begin
                        paletteIndex = 4'd9;
                    end
                    
                    7'd78: begin
                        paletteIndex = 4'd15;
                    end
                    
                    7'd79: begin
                        paletteIndex = 4'd15;
                    end
                    
                    7'd80: begin
                        paletteIndex = 4'd15;
                    end
                    
                    7'd81: begin
                        paletteIndex = 4'd9;
                    end
                    
                    7'd82: begin
                        paletteIndex = 4'd1;
                    end
                    
                    7'd83: begin
                        paletteIndex = 4'd1;
                    end
                    
                    7'd84: begin
                        paletteIndex = 4'd9;
                    end
                    

                    default: begin
                        paletteIndex = 4'bXXXX;
                    end
                endcase 
            end
            
            4'd8: begin
               case(xSprite)
                    
                    7'd0: begin
                        paletteIndex = 4'd15;
                    end
                    
                    7'd1: begin
                        paletteIndex = 4'd15;
                    end
                    
                    7'd2: begin
                        paletteIndex = 4'd9;
                    end
                    
                    7'd3: begin
                        paletteIndex = 4'd9;
                    end
                    
                    7'd4: begin
                        paletteIndex = 4'd9;
                    end
                    
                    7'd5: begin
                        paletteIndex = 4'd9;
                    end
                    
                    7'd6: begin
                        paletteIndex = 4'd15;
                    end
                    
                    7'd7: begin
                        paletteIndex = 4'd9;
                    end
                    
                    7'd8: begin
                        paletteIndex = 4'd9;
                    end
                    
                    7'd9: begin
                        paletteIndex = 4'd9;
                    end
                    
                    7'd10: begin
                        paletteIndex = 4'd9;
                    end
                    
                    7'd11: begin
                        paletteIndex = 4'd9;
                    end
                    
                    7'd12: begin
                        paletteIndex = 4'd9;
                    end
                    
                    7'd13: begin
                        paletteIndex = 4'd9;
                    end
                    
                    7'd14: begin
                        paletteIndex = 4'd9;
                    end
                    
                    7'd15: begin
                        paletteIndex = 4'd9;
                    end
                    
                    7'd16: begin
                        paletteIndex = 4'd9;
                    end
                    
                    7'd17: begin
                        paletteIndex = 4'd9;
                    end
                    
                    7'd18: begin
                        paletteIndex = 4'd9;
                    end
                    
                    7'd19: begin
                        paletteIndex = 4'd9;
                    end
                    
                    7'd20: begin
                        paletteIndex = 4'd9;
                    end
                    
                    7'd21: begin
                        paletteIndex = 4'd9;
                    end
                    
                    7'd22: begin
                        paletteIndex = 4'd9;
                    end
                    
                    7'd23: begin
                        paletteIndex = 4'd9;
                    end
                    
                    7'd24: begin
                        paletteIndex = 4'd9;
                    end
                    
                    7'd25: begin
                        paletteIndex = 4'd9;
                    end
                    
                    7'd26: begin
                        paletteIndex = 4'd9;
                    end
                    
                    7'd27: begin
                        paletteIndex = 4'd9;
                    end
                    
                    7'd28: begin
                        paletteIndex = 4'd9;
                    end
                    
                    7'd29: begin
                        paletteIndex = 4'd9;
                    end
                    
                    7'd30: begin
                        paletteIndex = 4'd9;
                    end
                    
                    7'd31: begin
                        paletteIndex = 4'd9;
                    end
                    
                    7'd32: begin
                        paletteIndex = 4'd9;
                    end
                    
                    7'd33: begin
                        paletteIndex = 4'd15;
                    end
                    
                    7'd34: begin
                        paletteIndex = 4'd9;
                    end
                    
                    7'd35: begin
                        paletteIndex = 4'd9;
                    end
                    
                    7'd36: begin
                        paletteIndex = 4'd9;
                    end
                    
                    7'd37: begin
                        paletteIndex = 4'd9;
                    end
                    
                    7'd38: begin
                        paletteIndex = 4'd9;
                    end
                    
                    7'd39: begin
                        paletteIndex = 4'd9;
                    end
                    
                    7'd40: begin
                        paletteIndex = 4'd9;
                    end
                    
                    7'd41: begin
                        paletteIndex = 4'd9;
                    end
                    
                    7'd42: begin
                        paletteIndex = 4'd15;
                    end
                    
                    7'd43: begin
                        paletteIndex = 4'd15;
                    end
                    
                    7'd44: begin
                        paletteIndex = 4'd15;
                    end
                    
                    7'd45: begin
                        paletteIndex = 4'd15;
                    end
                    
                    7'd46: begin
                        paletteIndex = 4'd15;
                    end
                    
                    7'd47: begin
                        paletteIndex = 4'd9;
                    end
                    
                    7'd48: begin
                        paletteIndex = 4'd9;
                    end
                    
                    7'd49: begin
                        paletteIndex = 4'd9;
                    end
                    
                    7'd50: begin
                        paletteIndex = 4'd9;
                    end
                    
                    7'd51: begin
                        paletteIndex = 4'd9;
                    end
                    
                    7'd52: begin
                        paletteIndex = 4'd9;
                    end
                    
                    7'd53: begin
                        paletteIndex = 4'd9;
                    end
                    
                    7'd54: begin
                        paletteIndex = 4'd9;
                    end
                    
                    7'd55: begin
                        paletteIndex = 4'd9;
                    end
                    
                    7'd56: begin
                        paletteIndex = 4'd9;
                    end
                    
                    7'd57: begin
                        paletteIndex = 4'd9;
                    end
                    
                    7'd58: begin
                        paletteIndex = 4'd9;
                    end
                    
                    7'd59: begin
                        paletteIndex = 4'd9;
                    end
                    
                    7'd60: begin
                        paletteIndex = 4'd9;
                    end
                    
                    7'd61: begin
                        paletteIndex = 4'd9;
                    end
                    
                    7'd62: begin
                        paletteIndex = 4'd9;
                    end
                    
                    7'd63: begin
                        paletteIndex = 4'd9;
                    end
                    
                    7'd64: begin
                        paletteIndex = 4'd9;
                    end
                    
                    7'd65: begin
                        paletteIndex = 4'd9;
                    end
                    
                    7'd66: begin
                        paletteIndex = 4'd15;
                    end
                    
                    7'd67: begin
                        paletteIndex = 4'd9;
                    end
                    
                    7'd68: begin
                        paletteIndex = 4'd9;
                    end
                    
                    7'd69: begin
                        paletteIndex = 4'd9;
                    end
                    
                    7'd70: begin
                        paletteIndex = 4'd9;
                    end
                    
                    7'd71: begin
                        paletteIndex = 4'd9;
                    end
                    
                    7'd72: begin
                        paletteIndex = 4'd9;
                    end
                    
                    7'd73: begin
                        paletteIndex = 4'd9;
                    end
                    
                    7'd74: begin
                        paletteIndex = 4'd9;
                    end
                    
                    7'd75: begin
                        paletteIndex = 4'd9;
                    end
                    
                    7'd76: begin
                        paletteIndex = 4'd9;
                    end
                    
                    7'd77: begin
                        paletteIndex = 4'd15;
                    end
                    
                    7'd78: begin
                        paletteIndex = 4'd15;
                    end
                    
                    7'd79: begin
                        paletteIndex = 4'd15;
                    end
                    
                    7'd80: begin
                        paletteIndex = 4'd15;
                    end
                    
                    7'd81: begin
                        paletteIndex = 4'd9;
                    end
                    
                    7'd82: begin
                        paletteIndex = 4'd9;
                    end
                    
                    7'd83: begin
                        paletteIndex = 4'd9;
                    end
                    
                    7'd84: begin
                        paletteIndex = 4'd9;
                    end
                    

                    default: begin
                        paletteIndex = 4'bXXXX;
                    end
                endcase 
            end
            

            default: begin
                paletteIndex = 4'bXXXX;
            end
        endcase

        valid = inBounds && (paletteIndex != 4'd15);
    end


endmodule